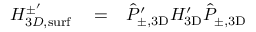
\begin{array} { r l r } { H _ { 3 D , \mathrm { s u r f } } ^ { \pm ^ { \prime } } } & { { } = } & { \hat { P } _ { \pm , \mathrm { 3 D } } ^ { \prime } H _ { \mathrm { 3 D } } ^ { \prime } \hat { P } _ { \pm , \mathrm { 3 D } } } \end{array}